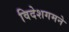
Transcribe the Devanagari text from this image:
विदेशगमने